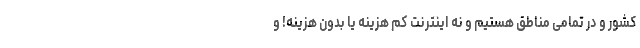
کشور و در تمامی مناطق هستیم و نه اینترنت کم هزینه یا بدون هزینه! و